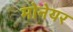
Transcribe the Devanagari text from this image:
मोनेयर